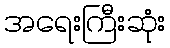
အရေးကြီးဆုံး